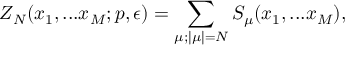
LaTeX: { \cal Z } _ { N } ( x _ { 1 } , . . . x _ { M } ; p , \epsilon ) = \sum _ { \mu ; | \mu | = N } S _ { \mu } ( x _ { 1 } , . . . x _ { M } ) ,